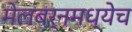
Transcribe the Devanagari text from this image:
मेलबर्नमध्येच